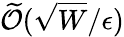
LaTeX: \widetilde{\cal O}(\sqrt{W}/\epsilon)